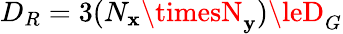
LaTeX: D_{R}=3(N_{\mathbf{x}}\timesN_{\mathbf{y}})\leD_{G}